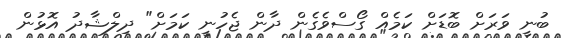
ބުނީ ވަރަށް ބޮޑަށް ކަމެއް ގޯސްވެގެން ދާން ޖެހުނީ ކަމަށް" ދިލްޝާދު އޮޅުން